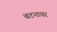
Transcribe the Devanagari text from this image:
बटनावर